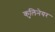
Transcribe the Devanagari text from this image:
कुलिनेयर